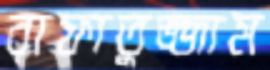
রাফাতুজ্জাম